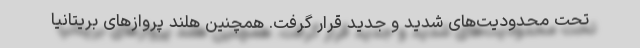
تحت محدودیت‌های شدید و جدید قرار گرفت. همچنین هلند پروازهای بریتانیا